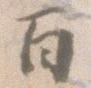
百